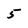
Character: 5